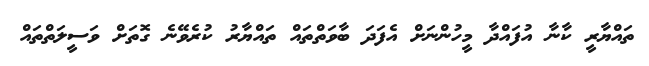
ތައްޔާރީ ކާނާ އުފައްދާ މީހުންނަށް އެފަދަ ބާވަތްތައް ތައްޔާރު ކުރެވޭނެ ގޮތަށް ވަސީލަތްތައް